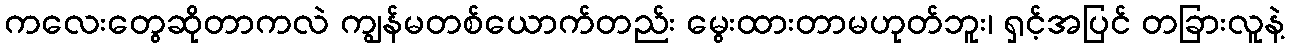
ကလေးတွေဆိုတာကလဲ ကျွန်မတစ်ယောက်တည်း မွေးထားတာမဟုတ်ဘူး၊ ရှင့်အပြင် တခြားလူနဲ့